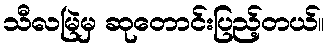
သီလမြဲမှ ဆုတောင်းပြည့်တယ်။